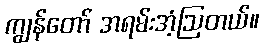
ကျွန်တော် အရမ်းအံ့ဩတယ်။